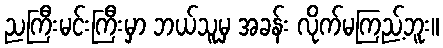
ညကြီးမင်းကြီးမှာ ဘယ်သူမှ အခန်း လိုက်မကြည့်ဘူး။